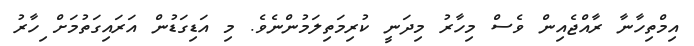
އިމްތިހާނާ ރާއްޖެއިން ވެސް މިހާރު މިދަނީ ކުރިމަތިލަމުންނެވެ. މި އަޑިގަޑުން އަރައިގަތުމަށް ިހާރު